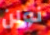
نولن